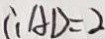
\therefore A D = 2